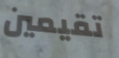
تقيمين